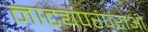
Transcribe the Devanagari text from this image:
नाट्यपरंपराओं